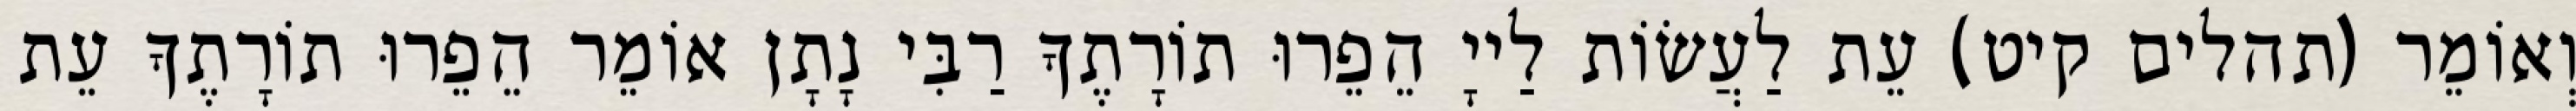
וְאוֹמֵר (תהלים קיט) עֵת לַעֲשׂוֹת לַייָ הֵפֵרוּ תוֹרָתֶךָ רַבִּי נָתָן אוֹמֵר הֵפֵרוּ תוֹרָתֶךָ עֵת